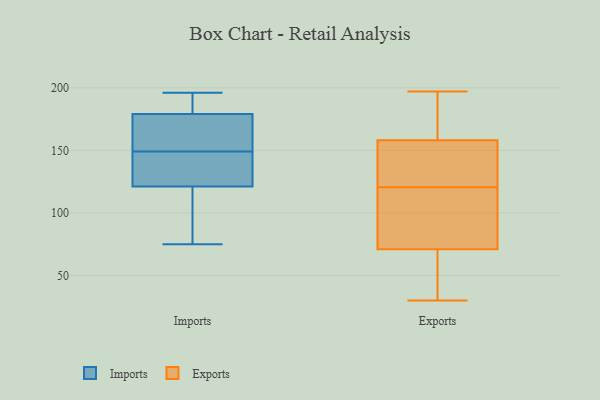
{"axis": {"x": "Latency (ms)", "y": "Value"}, "legend": ["Exports", "Imports"], "data": [{"x": "", "y": 129, "type": "Imports"}, {"x": "", "y": 179, "type": "Imports"}, {"x": "", "y": 121, "type": "Imports"}, {"x": "", "y": 150, "type": "Imports"}, {"x": "", "y": 196, "type": "Imports"}, {"x": "", "y": 77, "type": "Imports"}, {"x": "", "y": 75, "type": "Imports"}, {"x": "", "y": 148, "type": "Imports"}, {"x": "", "y": 169, "type": "Imports"}, {"x": "", "y": 190, "type": "Imports"}, {"x": "", "y": 158, "type": "Exports"}, {"x": "", "y": 76, "type": "Exports"}, {"x": "", "y": 30, "type": "Exports"}, {"x": "", "y": 71, "type": "Exports"}, {"x": "", "y": 192, "type": "Exports"}, {"x": "", "y": 197, "type": "Exports"}, {"x": "", "y": 123, "type": "Exports"}, {"x": "", "y": 143, "type": "Exports"}, {"x": "", "y": 51, "type": "Exports"}, {"x": "", "y": 118, "type": "Exports"}]}